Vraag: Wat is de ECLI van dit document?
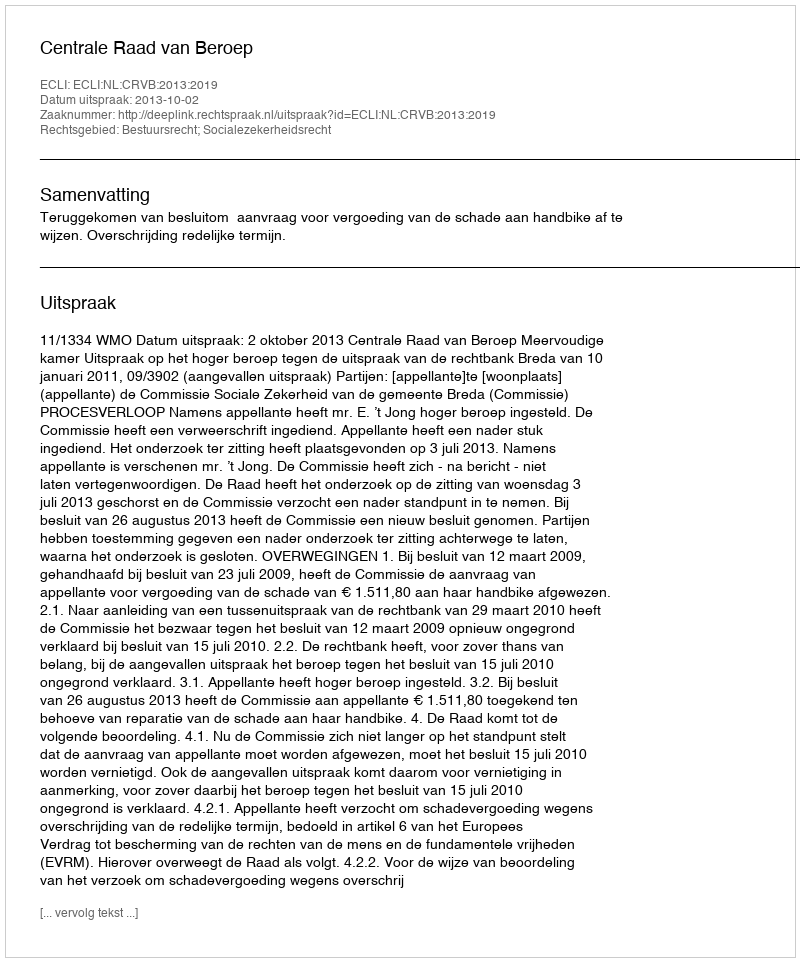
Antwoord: ECLI:NL:CRVB:2013:2019